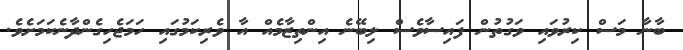
ބާނާ މަސް ކިރުވައި ވަގުތުން ފައިސާވެސް ލިބޭނެ އިންތިޒާމެއް އާ ވެރިކަމުގައި ހަމަޖެހިގެންދާނެކަމަށެވެ.